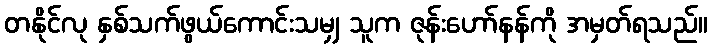
တနိုင်လု နှစ်သက်ဖွယ်ကောင်းသမျှ သူက ဇုန်းဟော်နန်ကို အမှတ်ရသည်။